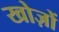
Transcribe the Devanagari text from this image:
खोज़ों